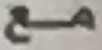
مع